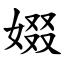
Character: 娺